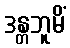
ဒန္တဘူမိံ